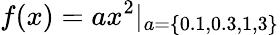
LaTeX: f(x)=ax^{2}|_{a=\{ 0.1,0.3,1,3\} }